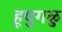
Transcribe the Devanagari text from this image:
हूवुगळु